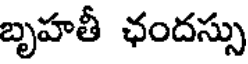
బృహతీ ఛందస్సు